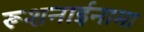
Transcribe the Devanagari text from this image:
रूशनाईनामा